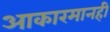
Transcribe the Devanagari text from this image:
आकारमानही